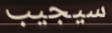
سيجيب